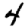
Digit: 4